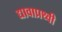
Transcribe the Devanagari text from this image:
द्यावाप्रथ्वी